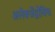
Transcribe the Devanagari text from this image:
अलेक्जेंद्रोविच